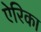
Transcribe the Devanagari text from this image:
ऐरिका